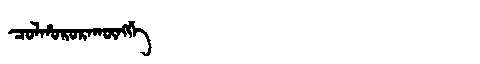
Manchu: ᠴᠣᠯᡥᠣᡵᠣᡵᠠᡴᡡᠩᡤᡝ
Romanization: COLHORORAKŪNGGE